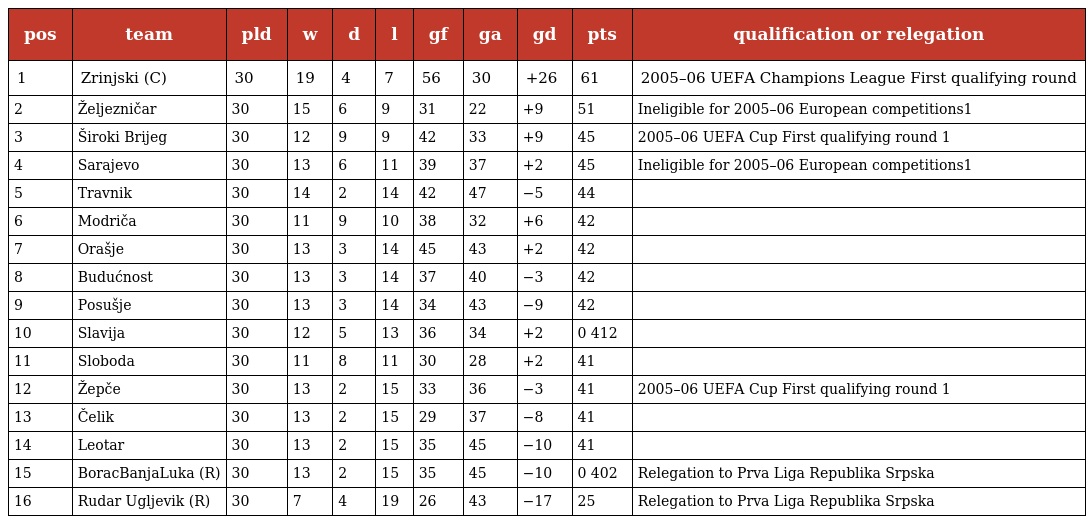
| pos | team | pld | w | d | l | gf | ga | gd | pts | qualification or relegation |
 | --- | --- | --- | --- | --- | --- | --- | --- | --- | --- | --- |
 | 1 | Zrinjski (C) | 30 | 19 | 4 | 7 | 56 | 30 | +26 | 61 | 2005–06 UEFA Champions League First qualifying round |
 | 2 | Željezničar | 30 | 15 | 6 | 9 | 31 | 22 | +9 | 51 | Ineligible for 2005–06 European competitions1 |
 | 3 | Široki Brijeg | 30 | 12 | 9 | 9 | 42 | 33 | +9 | 45 | 2005–06 UEFA Cup First qualifying round 1 |
 | 4 | Sarajevo | 30 | 13 | 6 | 11 | 39 | 37 | +2 | 45 | Ineligible for 2005–06 European competitions1 |
 | 5 | Travnik | 30 | 14 | 2 | 14 | 42 | 47 | −5 | 44 |  |
 | 6 | Modriča | 30 | 11 | 9 | 10 | 38 | 32 | +6 | 42 |  |
 | 7 | Orašje | 30 | 13 | 3 | 14 | 45 | 43 | +2 | 42 |  |
 | 8 | Budućnost | 30 | 13 | 3 | 14 | 37 | 40 | −3 | 42 |  |
 | 9 | Posušje | 30 | 13 | 3 | 14 | 34 | 43 | −9 | 42 |  |
 | 10 | Slavija | 30 | 12 | 5 | 13 | 36 | 34 | +2 | 0 412 |  |
 | 11 | Sloboda | 30 | 11 | 8 | 11 | 30 | 28 | +2 | 41 |  |
 | 12 | Žepče | 30 | 13 | 2 | 15 | 33 | 36 | −3 | 41 | 2005–06 UEFA Cup First qualifying round 1 |
 | 13 | Čelik | 30 | 13 | 2 | 15 | 29 | 37 | −8 | 41 |  |
 | 14 | Leotar | 30 | 13 | 2 | 15 | 35 | 45 | −10 | 41 |  |
 | 15 | BoracBanjaLuka (R) | 30 | 13 | 2 | 15 | 35 | 45 | −10 | 0 402 | Relegation to Prva Liga Republika Srpska |
 | 16 | Rudar Ugljevik (R) | 30 | 7 | 4 | 19 | 26 | 43 | −17 | 25 | Relegation to Prva Liga Republika Srpska |